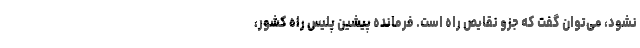
نشود، می‌توان گفت که جزو نقایص راه‌ است. فرمانده پیشین پلیس راه کشور،